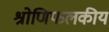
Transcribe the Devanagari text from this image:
श्रोणिफलकीय